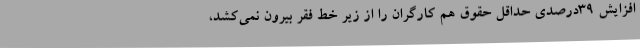
افزایش ۳۹درصدیِ حداقل حقوق هم کارگران را از زیر خط فقر بیرون نمی‌کشد،